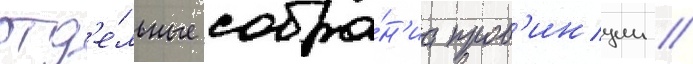
отд'е́льные собра́н'иа пров'инции //